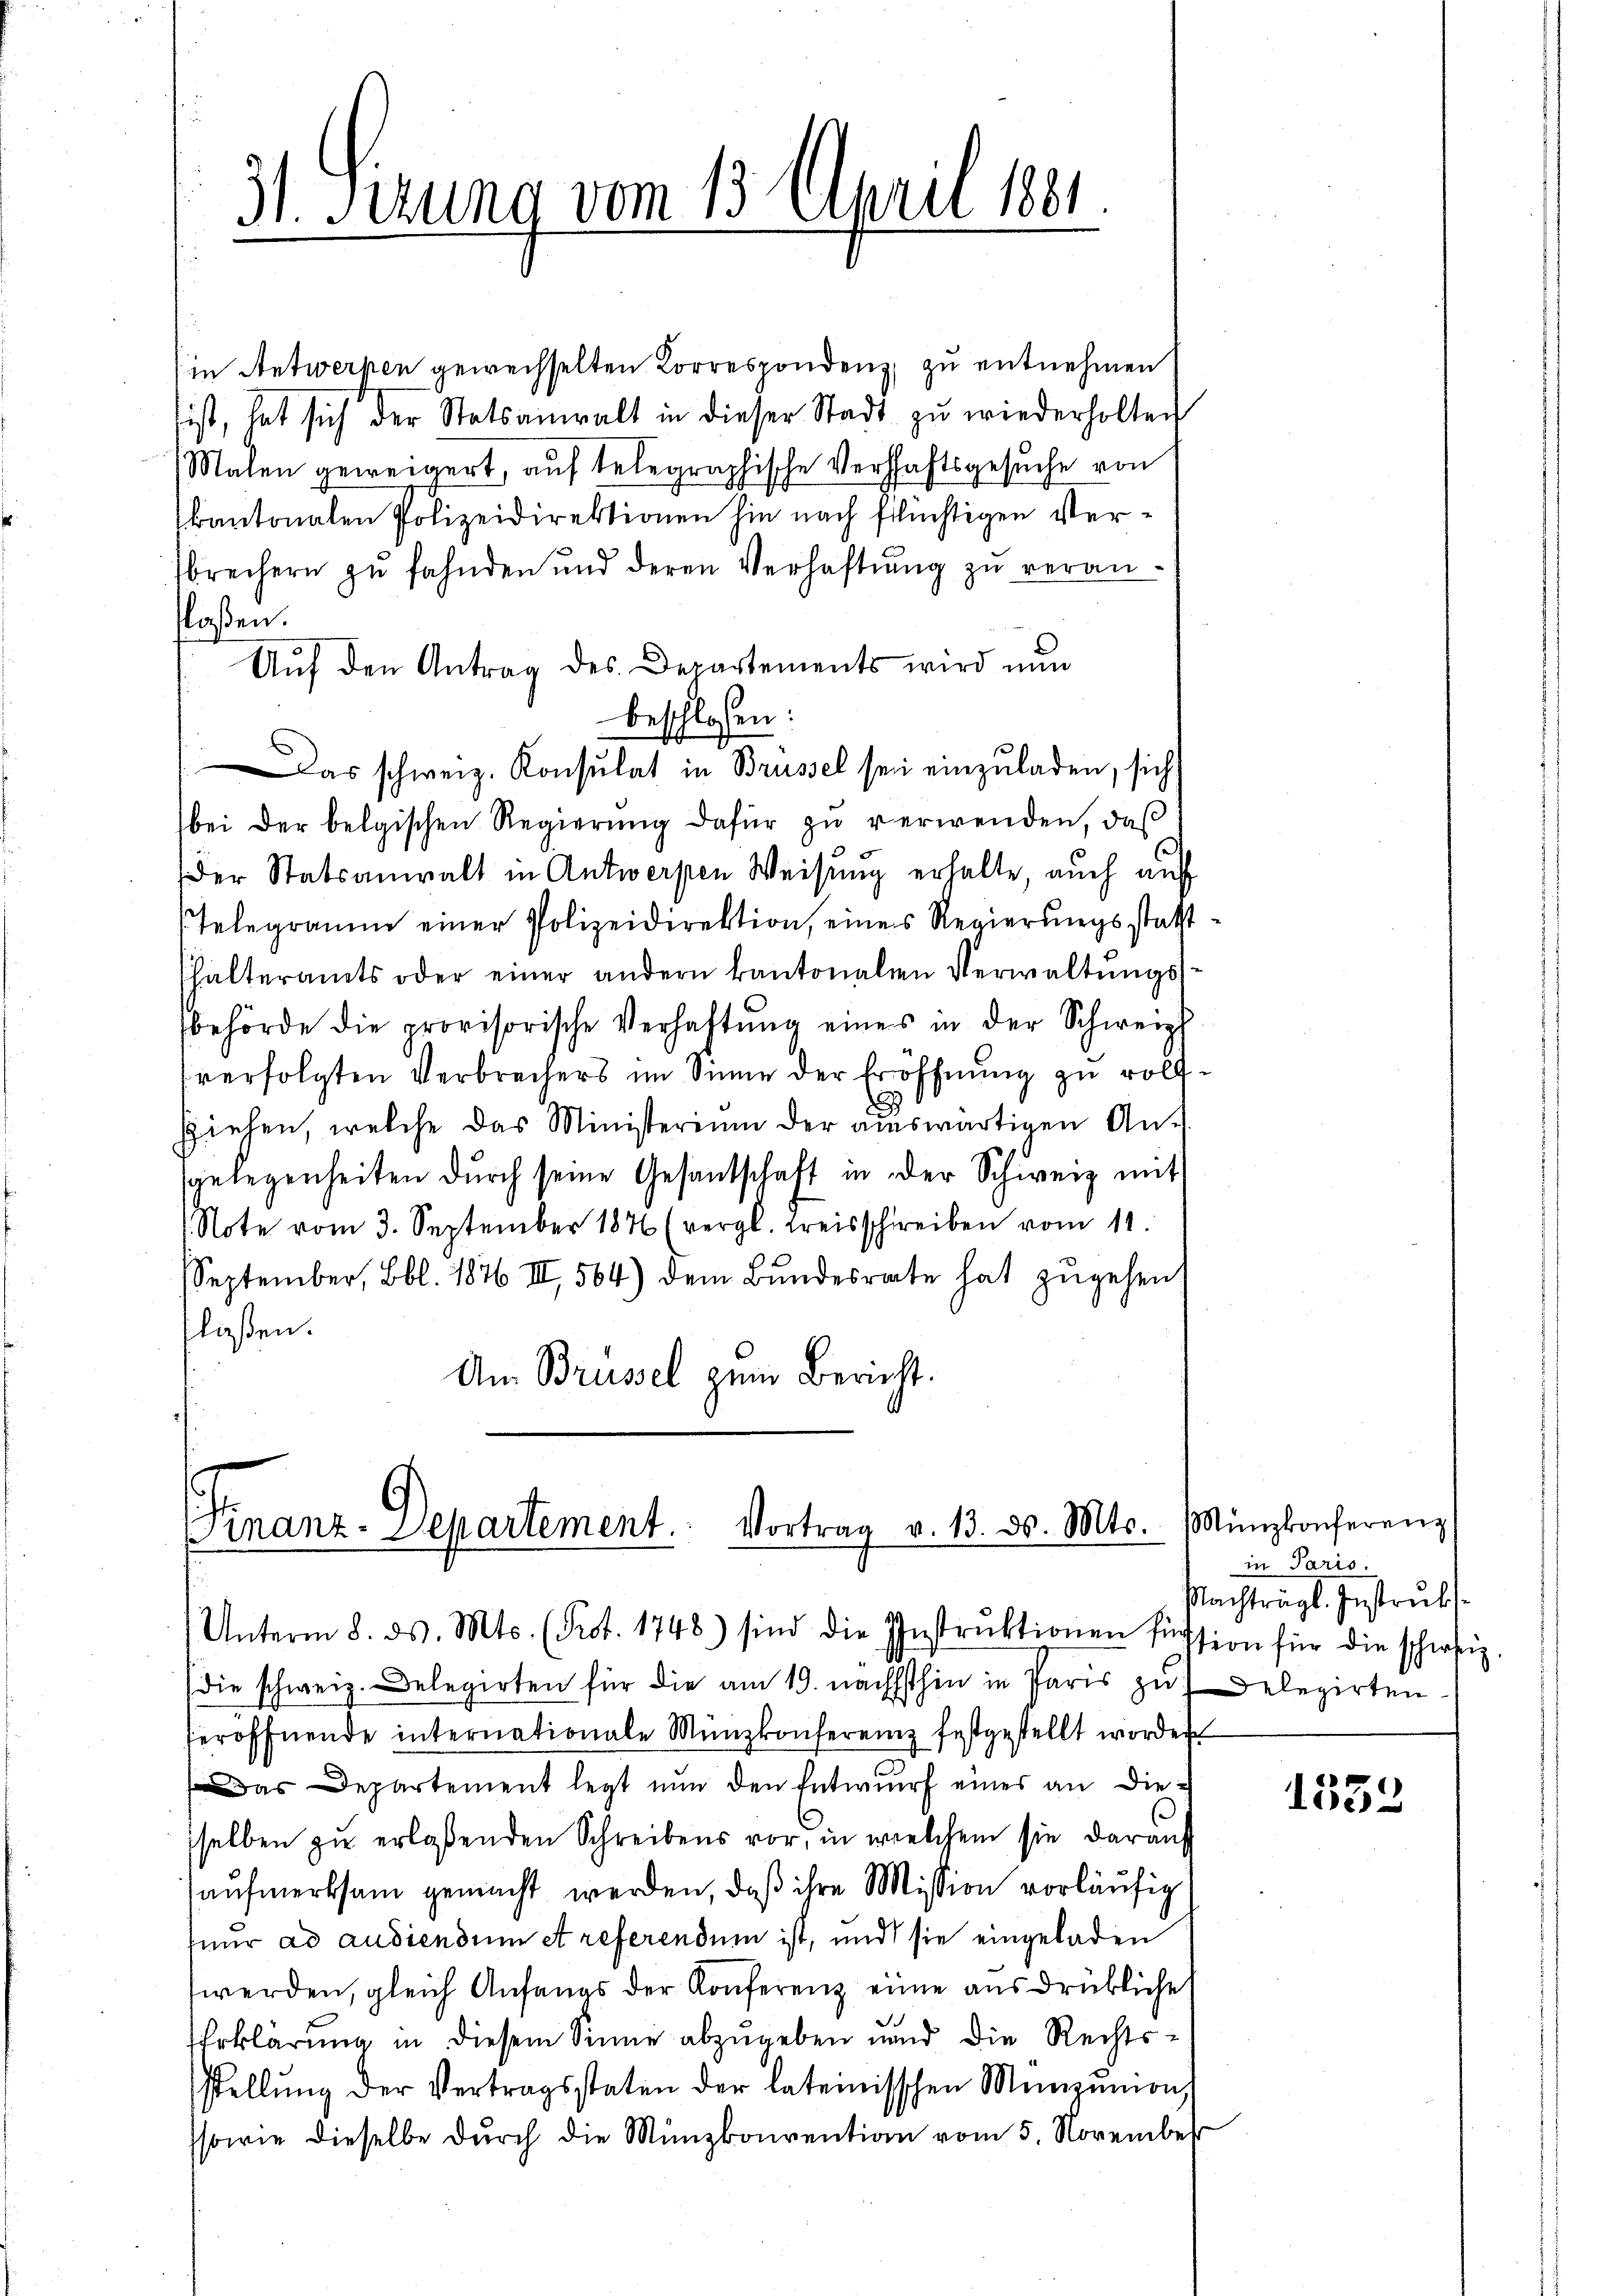
31. Serung vom 13. April 1881

(in Antwerken gewechselten Korrespondenz, zu entnehmen
ist, hat sich der Statsanwalt in dieser Stadt zŭ wiederholten
Malen geweigert, auf telegraphische Verschaftsgesuche von
kantonalen Polizeidirektionen hin nach flüchtigen Verbrechern zŭ fahnden und deren Verhaftŭng zŭ veran-
laßen.
Aŭf den Antrag des Departements wird nun
beschlossen:
Das schweiz. Konsulat in Brüssel sei einzuladen, sich
bei der belgischen Regierŭng dafür zŭ verwenden, daß
Der Statsanwalt in Antwerpen Weisung erhalte, auch auf
Telegramme einer Polizeidirektion, eines Regierungsstatthalteramts oder einer andern kantonalien Verwaltŭngs-
behörde die provisorische Verhaftung eines in der Schweiz
verfolgten Verbrechers im Sinne der Eröffnung zu voll¬
.
ziehen, welche das Ministerium der aŭswärtigen An-
sgelegenheiten dŭrch seine Gesandschaft in der Schweiz mit
Note vom 3. September 1876 (vergl. Kreisschreiben vom 11.
September, Bbl. 1876 III 564) dem Bŭndesrate hat zŭgehen,
flaßen.
Am Brüssel zum Bericht.

Finanz-Departement. Vortrag v. 13. ds. Mts.

(die schweiz. Delegirten für die am 19. nächsthin in Paris zu Delegirten
eröffnende internationale Münzkonferenz festgestellt worden
Das Departement legt nun den Entwurf eines an diesselben zu erlaßenden Schreibens vor, in welchem sie darauf
aufmerksam gemacht werden, daß ihre Mission vorläufig
hnur ad audiendum et referendum ist, und sie eingeladen
werden, gleich Anfangs der Konferenz eine ausdrükliche
Erklärung in diesem Sinne abzugeben und die Rechtsstellŭng der Vertragsstaten der lateinisschen Menzŭnion
ssowie dieselbe durch die Münzkonvention vom 5. November

Unterm 8. ds. Mts. (Prot. 1748) sind die Instrŭktionen fission für die schweiz

Münzkonferenz
in Paris.
Nachträgl. Instrubs

1332